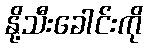
နို့သီးခေါင်းကို